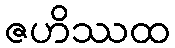
ဇဟိဿထ